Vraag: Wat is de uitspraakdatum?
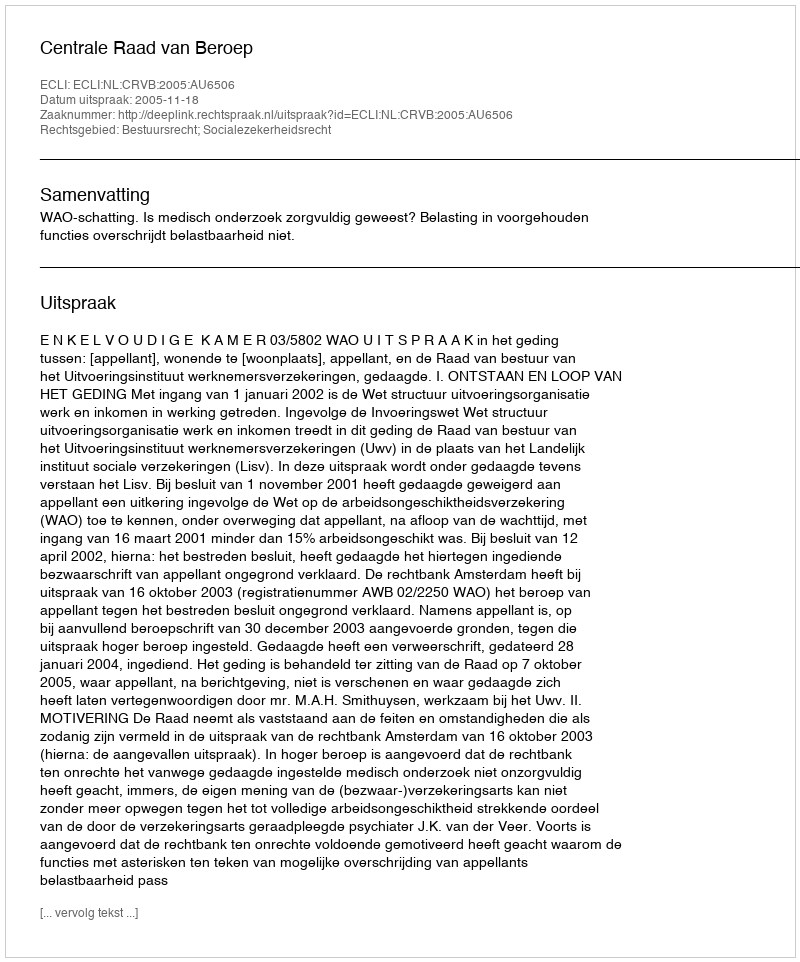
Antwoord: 2005-11-18